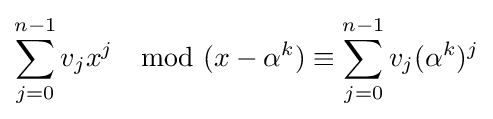
\sum _{j=0}^{n-1}v_{j}x^{j}\mod (x-\alpha ^{k})\equiv \sum _{j=0}^{n-1}v_{j}(\alpha ^{k})^{j}